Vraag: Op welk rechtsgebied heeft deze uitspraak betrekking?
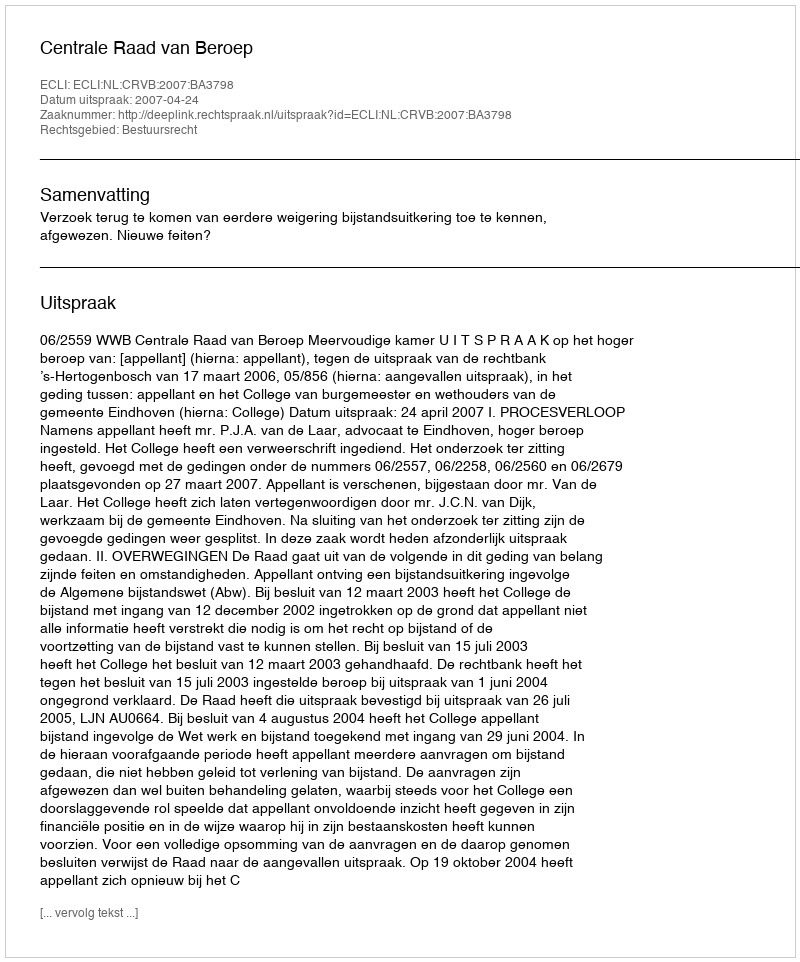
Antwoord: Bestuursrecht